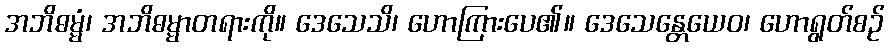
အဘိဓမ္မံ၊ အဘိဓမ္မာတရားကို။ ဒေသေသိ၊ ဟောကြားပေ၏။ ဒေသေန္တေယေဝ၊ ဟောရွတ်စဉ်